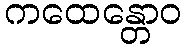
ကထေန္တောဝ